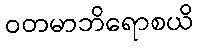
ဝတမာဘိရောစယိ